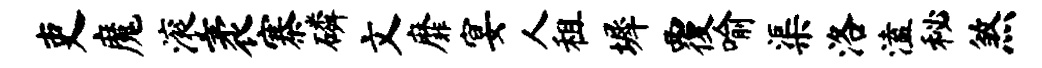
吏魔滚袤寨磷文靡宴人租墀覆喻渠洛溘秘煞